Triennial report on the lunatic asylums in the province of Eastern Bengal and Assam - 1903-1911
Year: 1903
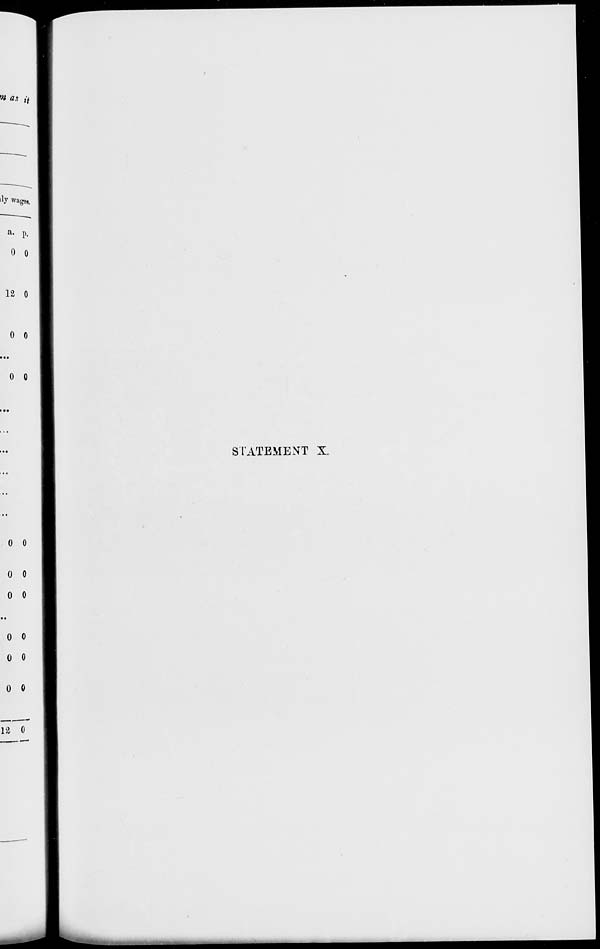
STATEMENT X.